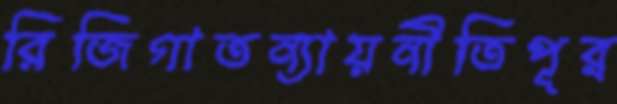
রিজিগাতন্যায়নীতিপূর্